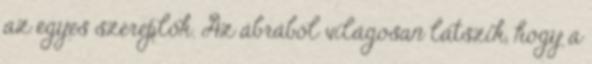
az egyes szereplők. Az ábrából világosan látszik, hogy a